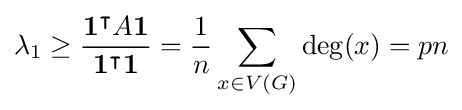
\lambda _{1}\geq {\frac {\mathbf {1} ^{\intercal }A\mathbf {1} }{\mathbf {1} ^{\intercal }\mathbf {1} }}={\frac {1}{n}}\sum _{x\in V(G)}\deg(x)=pn